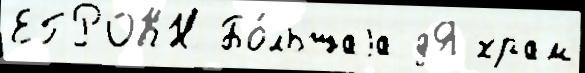
ЕГРОКН Бо́льшаjа дЯ храм